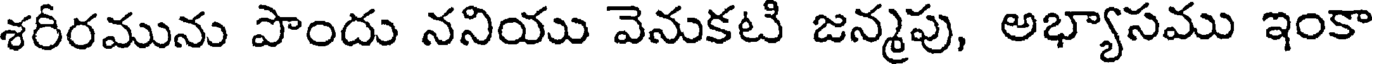
శరీరమును పొందు ననియు వెనుకటి జన్మపు, అభ్యాసము ఇంకా